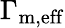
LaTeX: \Gamma_{\mathrm{m,eff}}